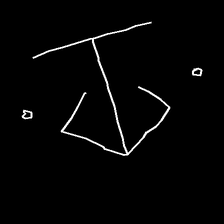
Glyph: earth